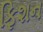
ફિશન